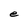
Character: e